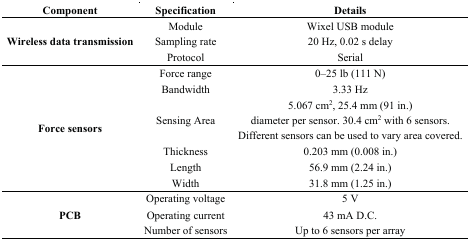
<table><thead><tr><td><b>Component</b></td><td><b>Specification</b></td><td><b>Details</b></td></tr></thead><tbody><tr><td rowspan="3"><b>Wireless data transmission</b></td><td>Module</td><td>Wixel USB module</td></tr><tr><td>Sampling rate</td><td>20 Hz, 0.02 s delay</td></tr><tr><td>Protocol</td><td>Serial</td></tr><tr><td rowspan="6"><b>Force sensors</b></td><td>Force range</td><td>0–25 lb (111 N)</td></tr><tr><td>Bandwidth</td><td>3.33 Hz</td></tr><tr><td>Sensing Area</td><td>5.067 cm<sup>2</sup>, 25.4 mm (91 in.)diameter per sensor. 30.4 cm<sup>2</sup> with 6 sensors.Different sensors can be used to vary area covered.</td></tr><tr><td>Thickness</td><td>0.203 mm (0.008 in.)</td></tr><tr><td>Length</td><td>56.9 mm (2.24 in.)</td></tr><tr><td>Width</td><td>31.8 mm (1.25 in.)</td></tr><tr><td rowspan="3"><b>PCB</b></td><td>Operating voltage</td><td>5 V</td></tr><tr><td>Operating current</td><td>43 mA D.C.</td></tr><tr><td>Number of sensors</td><td>Up to 6 sensors per array</td></tr></tbody></table>